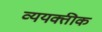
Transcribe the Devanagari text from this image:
व्ययक्तीक